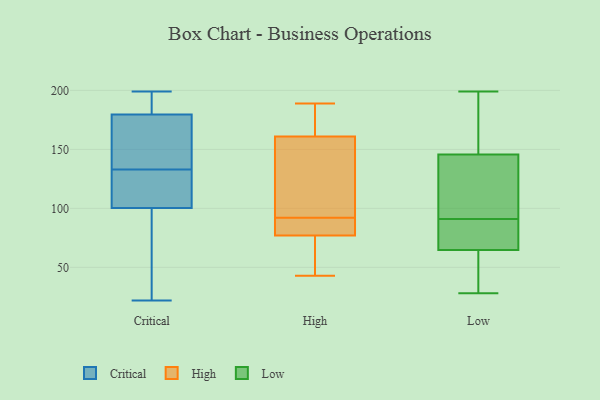
{"axis": {"x": "Satisfaction Score", "y": "Value"}, "legend": ["Critical", "High", "Low"], "data": [{"x": "", "y": 175, "type": "Critical"}, {"x": "", "y": 82, "type": "Critical"}, {"x": "", "y": 93, "type": "Critical"}, {"x": "", "y": 122, "type": "Critical"}, {"x": "", "y": 137, "type": "Critical"}, {"x": "", "y": 90, "type": "Critical"}, {"x": "", "y": 194, "type": "Critical"}, {"x": "", "y": 133, "type": "Critical"}, {"x": "", "y": 164, "type": "Critical"}, {"x": "", "y": 22, "type": "Critical"}, {"x": "", "y": 129, "type": "Critical"}, {"x": "", "y": 184, "type": "Critical"}, {"x": "", "y": 181, "type": "Critical"}, {"x": "", "y": 199, "type": "Critical"}, {"x": "", "y": 123, "type": "Critical"}, {"x": "", "y": 133, "type": "Critical"}, {"x": "", "y": 131, "type": "Critical"}, {"x": "", "y": 198, "type": "Critical"}, {"x": "", "y": 48, "type": "Critical"}, {"x": "", "y": 182, "type": "High"}, {"x": "", "y": 85, "type": "High"}, {"x": "", "y": 89, "type": "High"}, {"x": "", "y": 188, "type": "High"}, {"x": "", "y": 58, "type": "High"}, {"x": "", "y": 78, "type": "High"}, {"x": "", "y": 43, "type": "High"}, {"x": "", "y": 118, "type": "High"}, {"x": "", "y": 117, "type": "High"}, {"x": "", "y": 95, "type": "High"}, {"x": "", "y": 128, "type": "High"}, {"x": "", "y": 76, "type": "High"}, {"x": "", "y": 88, "type": "High"}, {"x": "", "y": 86, "type": "High"}, {"x": "", "y": 167, "type": "High"}, {"x": "", "y": 186, "type": "High"}, {"x": "", "y": 54, "type": "High"}, {"x": "", "y": 189, "type": "High"}, {"x": "", "y": 155, "type": "High"}, {"x": "", "y": 71, "type": "High"}, {"x": "", "y": 28, "type": "Low"}, {"x": "", "y": 116, "type": "Low"}, {"x": "", "y": 178, "type": "Low"}, {"x": "", "y": 67, "type": "Low"}, {"x": "", "y": 67, "type": "Low"}, {"x": "", "y": 58, "type": "Low"}, {"x": "", "y": 81, "type": "Low"}, {"x": "", "y": 68, "type": "Low"}, {"x": "", "y": 154, "type": "Low"}, {"x": "", "y": 199, "type": "Low"}, {"x": "", "y": 143, "type": "Low"}, {"x": "", "y": 45, "type": "Low"}, {"x": "", "y": 111, "type": "Low"}, {"x": "", "y": 91, "type": "Low"}, {"x": "", "y": 29, "type": "Low"}, {"x": "", "y": 139, "type": "Low"}, {"x": "", "y": 155, "type": "Low"}]}